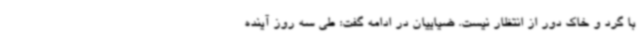
با گرد و خاک دور از انتظار نیست. ضیاییان در ادامه گفت: طی سه روز آینده